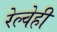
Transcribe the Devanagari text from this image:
रेल्वेही